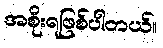
အစိုးရဖြစ်ပါတယ်။